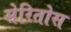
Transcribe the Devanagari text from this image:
सेरितोस